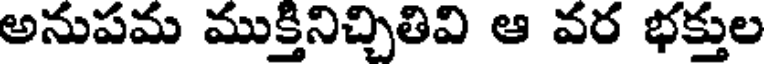
అనుపమ ముక్తినిచ్చితివి ఆ వర భక్తుల